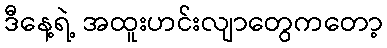
ဒီနေ့ရဲ့ အထူးဟင်းလျာတွေကတော့